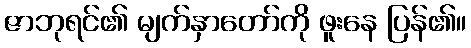
ဇာဘုရင်၏ မျက်နှာတော်ကို ဖူးနေ ပြန်၏။